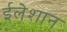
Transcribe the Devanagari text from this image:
ईलेशान